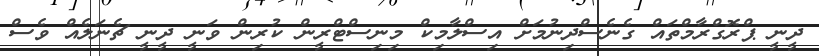
ދީނީ ޕްރޮގްރާމްތައް ގެނެސްދިނުމަށް އިސްލާމިކް މިނިސްޓްރީން ކުރިން ވަނީ ދީނީ ޗެނަލެއް ވެސް